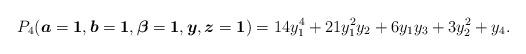
LaTeX: \begin{gather*}P_4({\boldsymbol{a}}={\bf 1},{\boldsymbol{b}}= {\bf 1}, {\boldsymbol{\beta}} = {\bf 1}, {\boldsymbol{y}}, {\boldsymbol{z}} ={\bf 1}) = 14 y_1^4+21 y_1^2 y_2+6 y_1 y_3+3 y_2^2+y_4.\end{gather*}